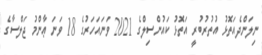
ނިލަންދެއަތޮޅު އުތުރުބުރީ އަތޮޅު ކައުންސިލްގެ 2021 ވަނައަހަރުގެ 18 ވަނަ ޢާންމު ޖަލްސާގެ